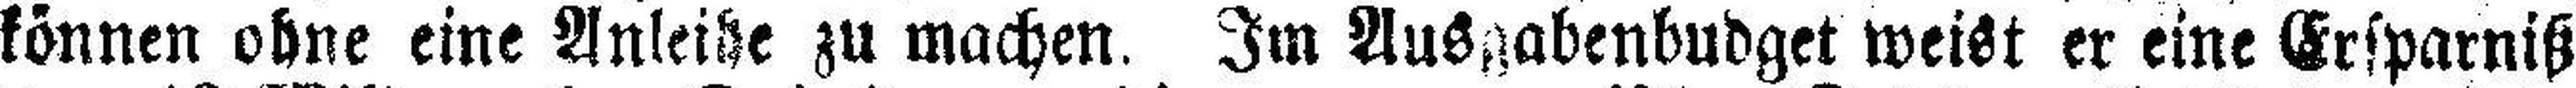
können ohne eine Anleihe zu machen. Im Ausgabenbudget weist er eine Ersparniß